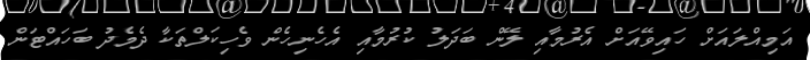
އަމިއްލައަށް ހައިވޭއަށް އެރުމާއި ލޭން ބަދަލު ކުރުމާއި އެހެނިހެން ވެހިކަލްތަކާ ދެމެދު ބަހައްޓަން